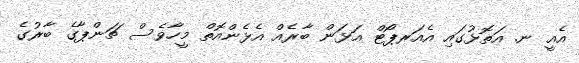
އެއީ ނ. އަތޮޅުގައި އެއަރޕޯޓް އަޅަން ބާރެއް އެޅެންއޮތް މީހާވެސް ޗަންޕާގެ ބާރުގެ